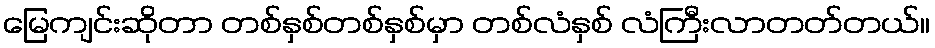
မြေကျင်းဆိုတာ တစ်နှစ်တစ်နှစ်မှာ တစ်လံနှစ် လံကြီးလာတတ်တယ်။